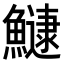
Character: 𬵯